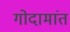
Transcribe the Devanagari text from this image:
गोदामांत